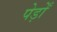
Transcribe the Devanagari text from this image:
पेड़ोँ